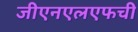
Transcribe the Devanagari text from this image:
जीएनएलएफची